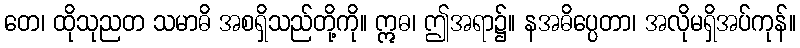
တေ၊ ထိုသုညတ သမာဓိ အစရှိသည်တို့ကို။ ဣဓ၊ ဤအရာ၌။ နအဓိပ္ပေတာ၊ အလိုမရှိအပ်ကုန်။